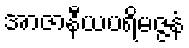
အာဇာနီယပရိမဇ္ဇနံ